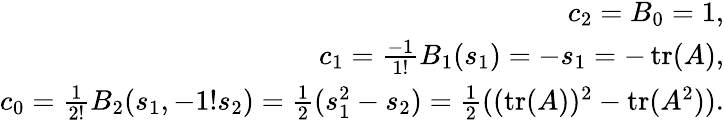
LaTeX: {\begin{array}{r}{c_{2}=B_{0}=1,}\\ {c_{1}={\frac{-1}{1!}}B_{1}(s_{1})=-s_{1}=-\operatorname{tr}(A),}\\ {c_{0}={\frac{1}{2!}}B_{2}(s_{1},-1!s_{2})={\frac{1}{2}}(s_{1}^{2}-s_{2})={\frac{1}{2}}((\operatorname{tr}(A))^{2}-\operatorname{tr}(A^{2})).}\end{array}}